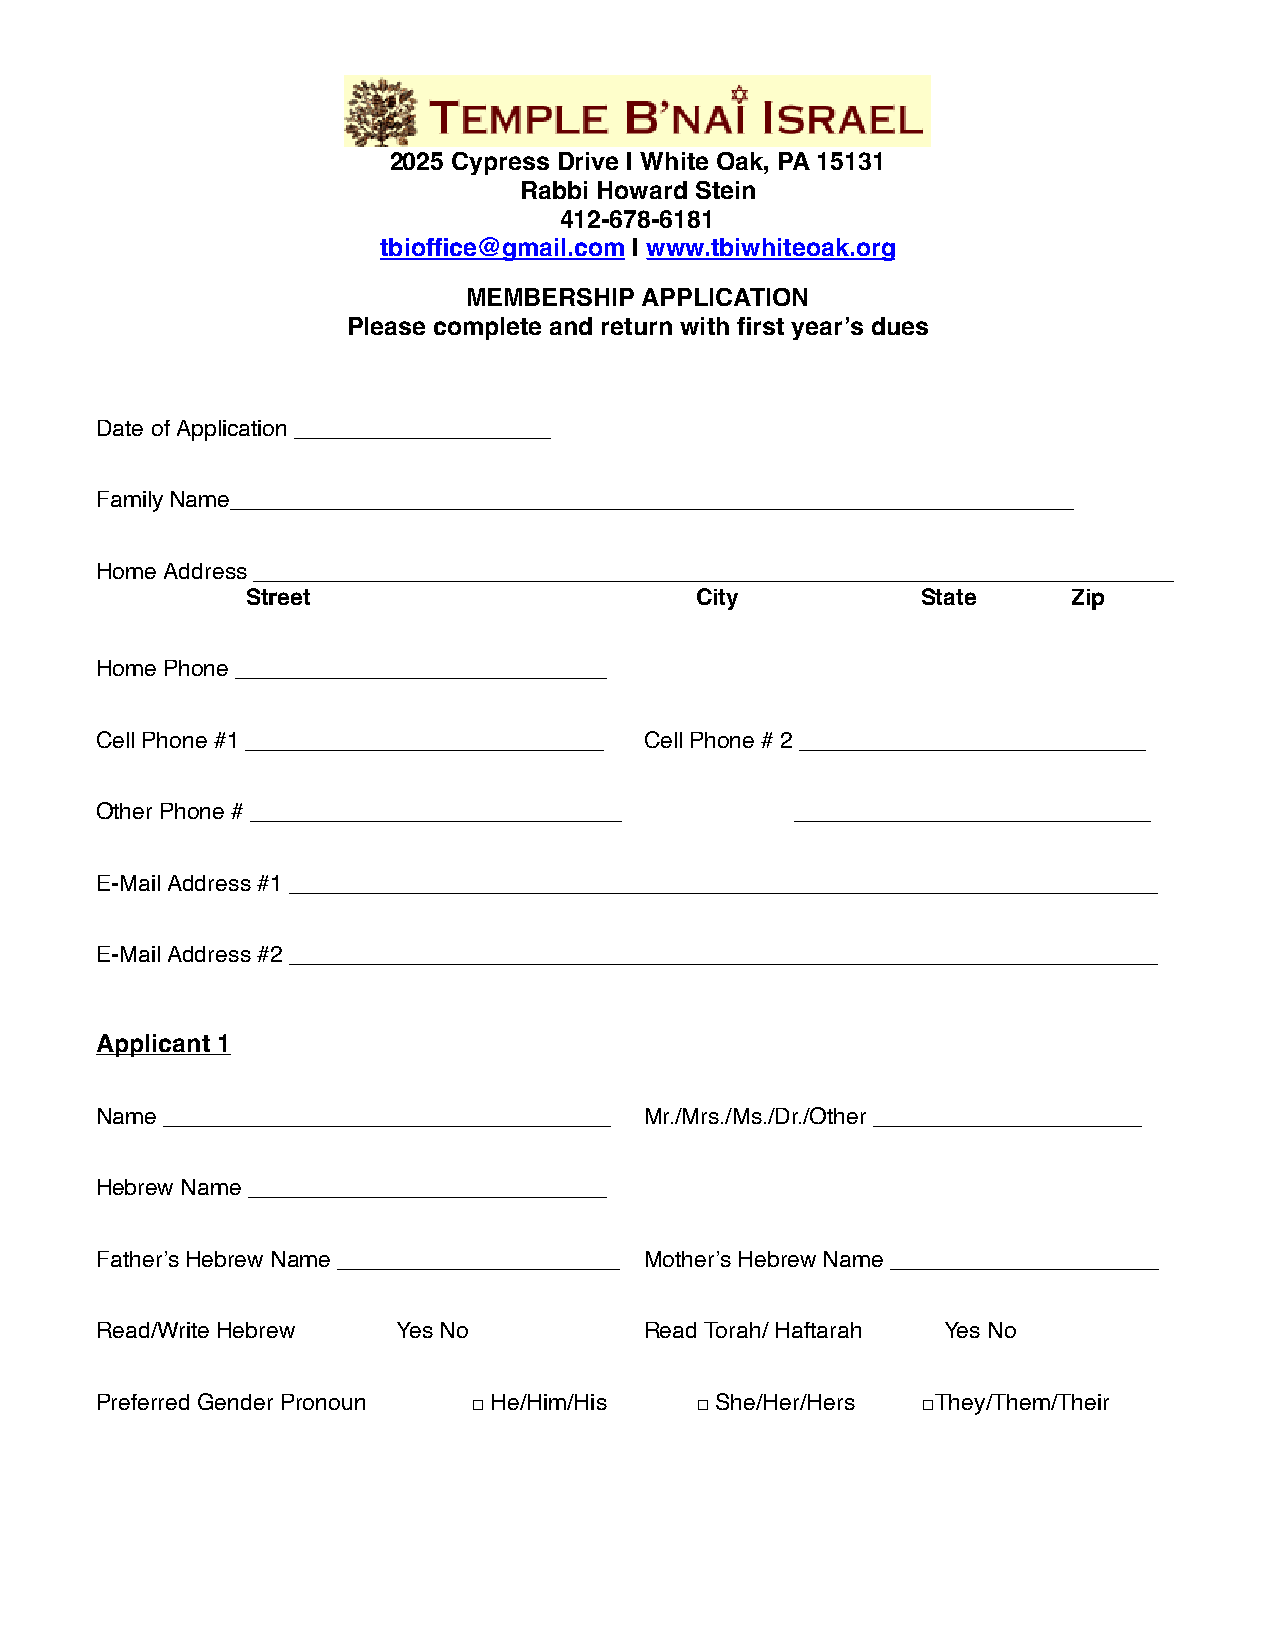
22002255 CCyypprreessss DDrriivvee || WWhhiittee OOaakk,, PPAA 1155113311
 RRaabbbbii HHoowwaarrdd SStteeiinn
 441122--667788--66118811
 ttbbiioofffificcee@@ggmmaaiill..ccoomm || wwwwww..ttbbiiwwhhiitteeooaakk..oorrgg
 MMEEMMBBEERRSSHHIIPP AAPPPPLLIICCAATTIIOONN
 PPlleeaassee ccoommpplleettee aanndd rreettuurrnn wwiitthh fifirrsstt yyeeaarr’’ss dduueess
 DDaattee ooff AApppplliiccaattiioonn ________________________________________
 FFaammiillyy NNaammee____________________________________________________________________________________________________________________________________
 HHoommee AAddddrreessss ________________________________________________________________________________________________________________________________________________
 SSttrreeeett                  CCiittyy       SSttaattee ZZiipp
 HHoommee PPhhoonnee __________________________________________________________
 CCeellll PPhhoonnee ##11 ________________________________________________________ CCeellll PPhhoonnee ## 22 ______________________________________________________
 OOtthheerr PPhhoonnee ## __________________________________________________________ ________________________________________________________
 EE--MMaaiill AAddddrreessss ##11 ________________________________________________________________________________________________________________________________________
 EE--MMaaiill AAddddrreessss ##22 ________________________________________________________________________________________________________________________________________
 AApppplliiccaanntt 11
 NNaammee ______________________________________________________________________ MMrr..//MMrrss..//MMss..//DDrr..//OOtthheerr __________________________________________
 HHeebbrreeww NNaammee ________________________________________________________
 FFaatthheerr’’ss HHeebbrreeww NNaammee ____________________________________________ MMootthheerr’’ss HHeebbrreeww NNaammee __________________________________________
 RReeaadd//WWrriittee HHeebbrreeww YYeess NNoo RReeaadd TToorraahh// HHaaffttaarraahh YYeess NNoo
 PPrreeffeerrrreedd GGeennddeerr PPrroonnoouunn □□ HHee//HHiimm//HHiiss □□ SShhee//HHeerr//HHeerrss □□TThheeyy//TThheemm//TThheeiirr